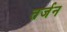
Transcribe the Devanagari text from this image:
तर्जन